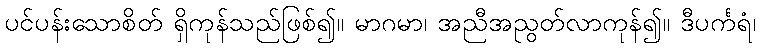
ပင်ပန်းသောစိတ် ရှိကုန်သည်ဖြစ်၍။ မာဂမာ၊ အညီအညွတ်လာကုန်၍။ ဒီပင်္ကရံ၊